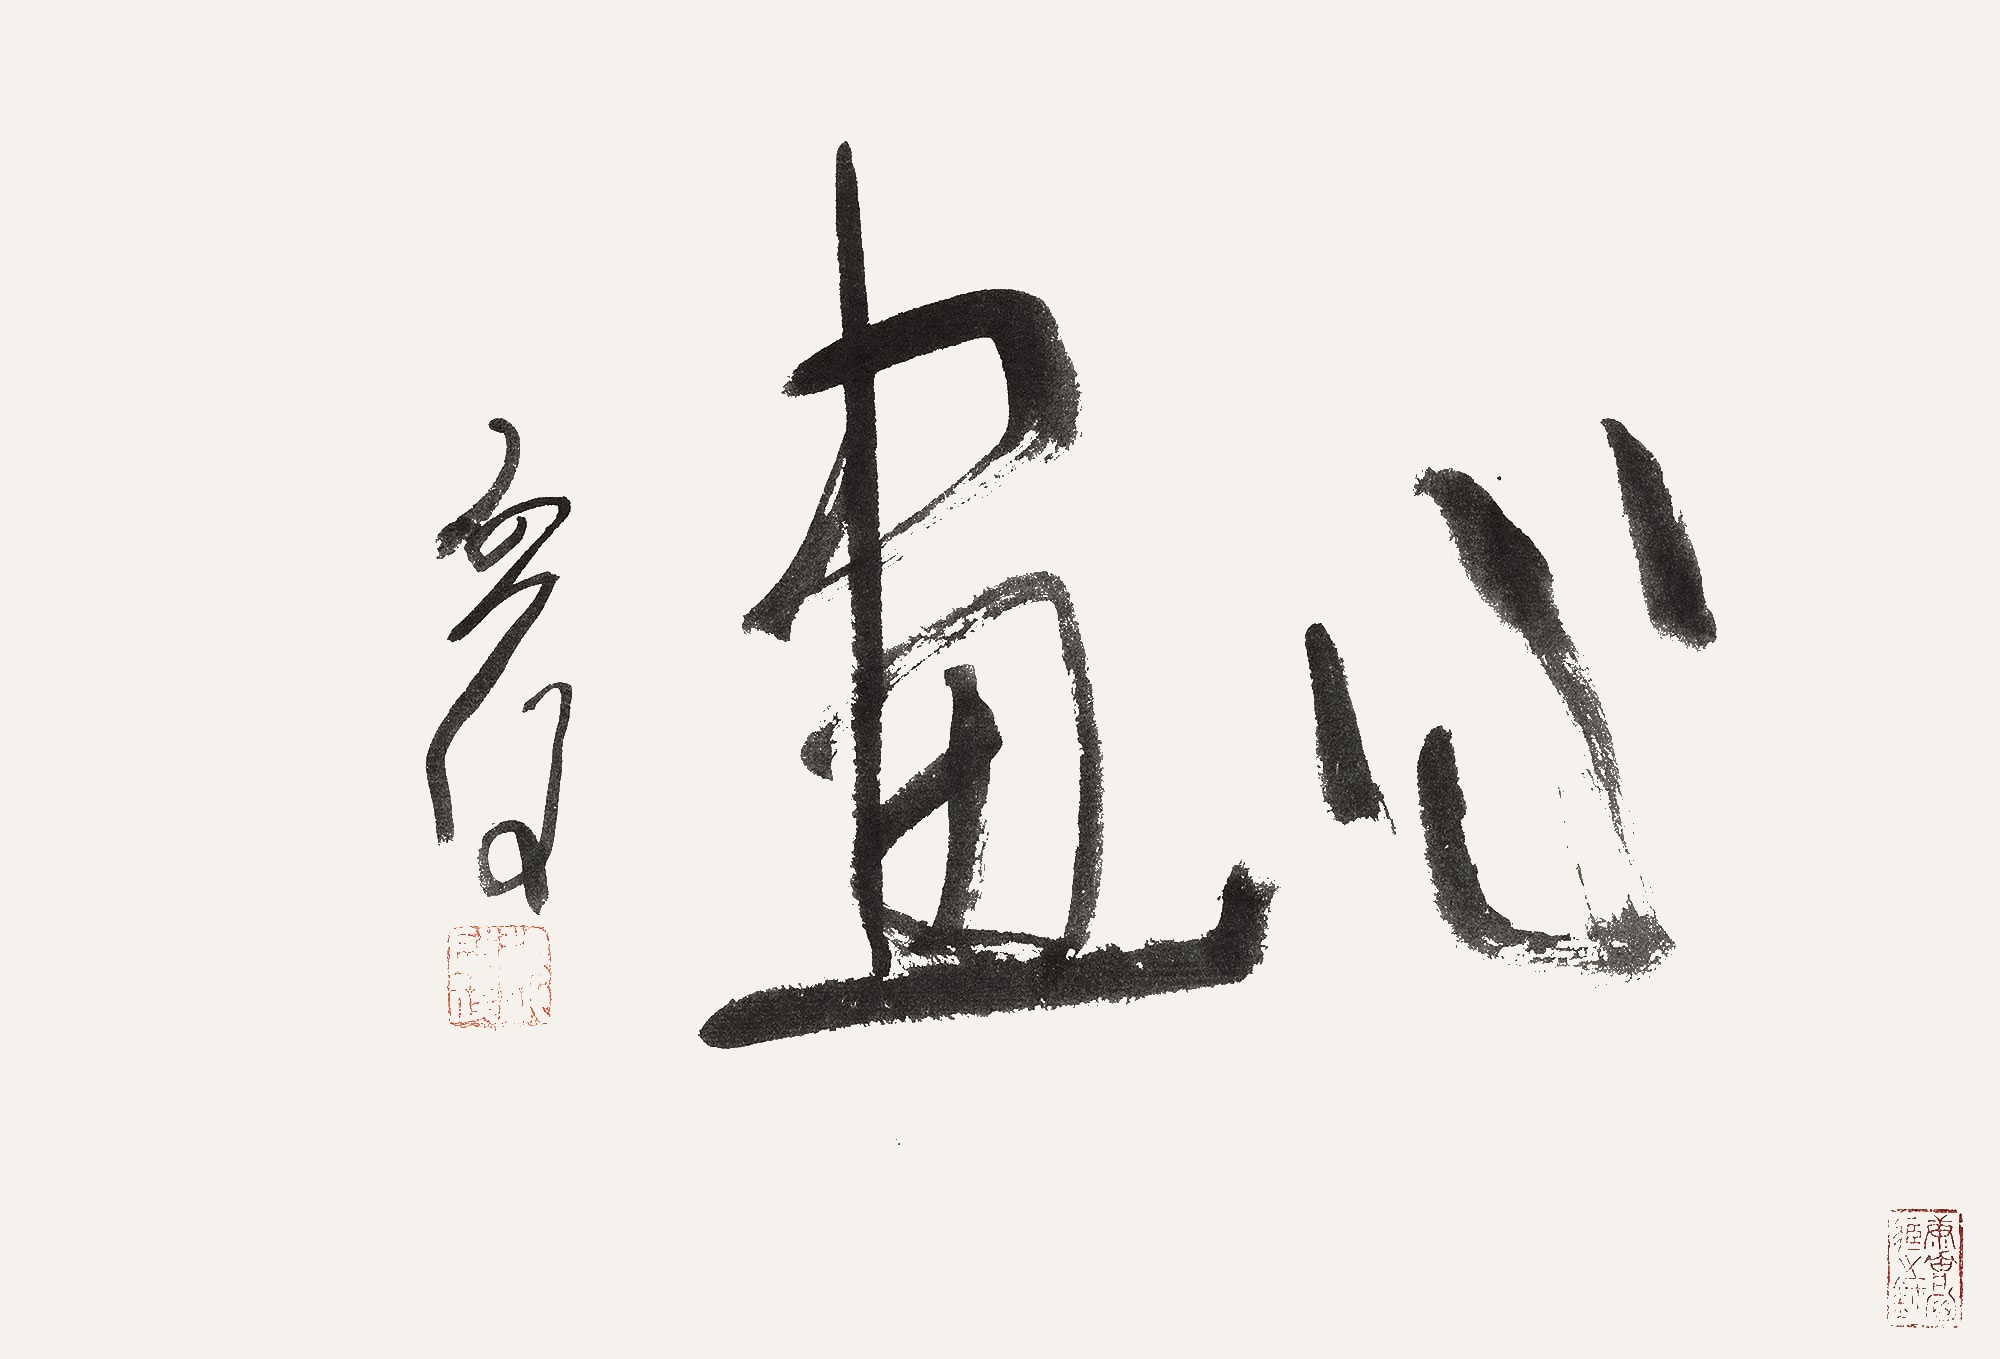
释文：心画启后。